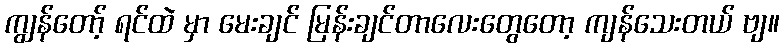
ကျွန်တော့် ရင်ထဲ မှာ မေးချင် မြန်းချင်တာလေးတွေတော့ ကျန်သေးတယ် ဗျ။